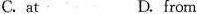
C.at D.from